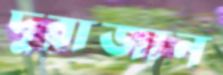
দুরাজান